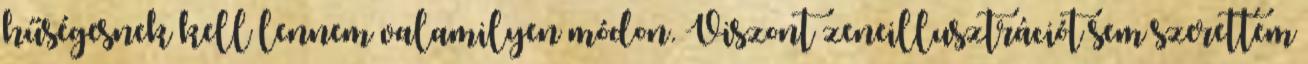
hűségesnek kell lennem valamilyen módon. Viszont zeneillusztrációt sem szerettem